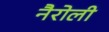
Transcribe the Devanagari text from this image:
नैरोली